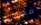
فعلتى